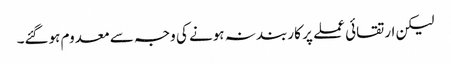
لیکن ارتقائی عملے پر کاربند نہ ہونے کی وجہ سے معدوم ہوگئے۔